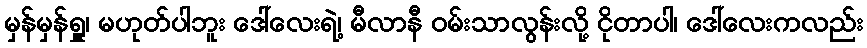
မှန်မှန်ရှူ၊ မဟုတ်ပါဘူး ဒေါ်လေးရဲ့၊ မီလာနီ ဝမ်းသာလွန်းလို့ ငိုတာပါ၊ ဒေါ်လေးကလည်း